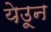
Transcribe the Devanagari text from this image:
येउून